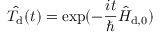
\hat { T _ { \mathrm { d } } } ( t ) = \exp ( - \frac { i t } { \hbar } \hat { H } _ { \mathrm { d } , 0 } )